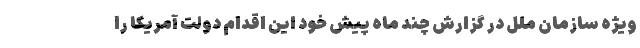
ویژه سازمان ملل در گزارش چند ماه پیش خود این اقدام دولت آمریکا را